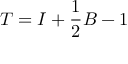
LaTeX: T = I + { \frac { 1 } { 2 } } B - 1